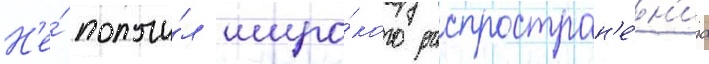
Н'е́ получи́л широ́кого распростран'е́н'иа